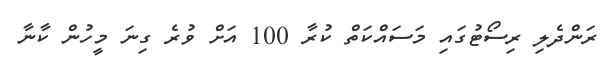
ރަންދެލި ރިސޯޓުގައި މަސައްކަތް ކުރާ 100 އަށް ވުރެ ގިނަ މީހުން ކާނާ